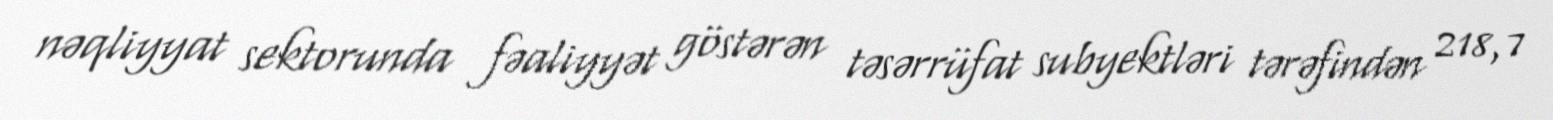
nəqliyyat sektorunda fəaliyyət göstərən təsərrüfat subyektləri tərəfindən 218,7